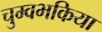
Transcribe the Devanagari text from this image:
चुम्वभकिया